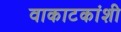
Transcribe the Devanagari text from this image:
वाकाटकांशी